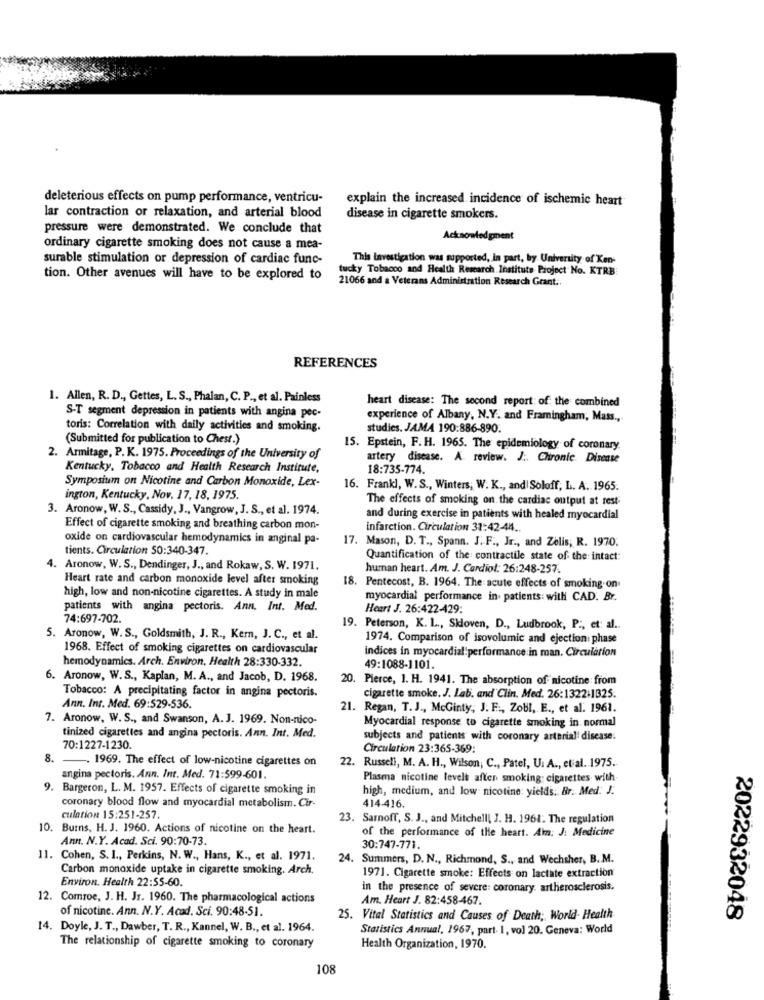
deleterious effects on pump performance, ventricu-
explain the increased incidence of ischemic heart
lar contraction or relaxation, and arterial blood
disease in cigarette smokers.
pressure were demonstrated. We conclude that
Acknowledgment
ordinary cigarette smoking does not cause a mea-
surable stimulation or depression of cardiac func-
This Investigation was supported, in part, by University of Ken-
tucky Tobacco and Health Research Institute Project No. KTRB
tion. Other avenues will have to be explored to
21066 and a Veterans Administration Research Grant ..
REFERENCES
1. Allen, R. D ., Gettes, L. S ., Phalan, C. P ., et al. Painless
heart disease: The second report of the combined
S-T segment depression in patients with angina pec-
experience of Albany, N.Y. and Framingham, Mass .,
toris: Correlation with daily activities and smoking.
studies. JAMA 190:886-890.
(Submitted for publication to Chest.)
15. Epstein, F. H. 1965. The epidemiology of coronary.
2. Armitage, P. K. 1975. Proceedings of the University of
artery disease. A. review. J .. Chronic Disease
Kentucky, Tobacco and Health Research Institute,
18:735-774.
Symposium on Nicotine and Carbon Monoxide, Lex-
16. Frankl, W.S ., Winters, W. K ., and| Soloff; L. A. 1965.
ington, Kentucky, Nov. 17, 18, 1975.
The effects of smoking on the cardiac output at rest
3. Aronow, W.S ., Cassidy, J ., Vangrow, J. S ., et al. 1974.
and during exercise in patients with healed myocardial
Effect of cigarette smoking and breathing carbon mon-
infarction. Circulation 31:42-44 ..
oxide on cardiovascular hemodynamics in anginal pa-
17. Mason, D. T ., Spann. J. F ., Jr ., and Zelis; R. 1970.
tients. Circulation 50:340-347.
Quantification of the contractile state of the intact:
Aronow, W. S ., Dendinger, J ., and Rokaw, S. W. 1971.
human heart. Am. J. Cardiol: 26:248-257.
Heart rate and carbon monoxide level after smoking
18. Pentecost, B. 1964. The acute effects of smoking.on
high, low and non-nicotine cigarettes. A study in male
myocardial performance in patients: with CAD. Br.
patients with angina pectoris. Ann. Int. Med.
Heart J. 26:422-429:
74:697-702.
19. Peterson, K. L ., Skoven, D ., Ludbrook, P :, et: al.
5. Aronow, W. S ., Goldsmith, J. R ., Kern, J. C ., et al.
1974. Comparison of isovolumic and ejection: phase
1968. Effect of smoking cigarettes on cardiovascular
indices in myocardial performance in man. Circulation
hemodynamics. Arch. Environ, Health 28:330-332.
49:1088-1101.
6. Aronow, W.S ., Kaplan, M. A ., and Jacob, D. 1968.
20. Pierce, 1. H. 1941. The absorption of nicotine from
Tobacco: A precipitating factor in angina pectoris.
cigarette smoke. J. Lab. and'Clin. Med. 26:1322+1325.
Ann, Int. Med. 69:529-536.
21. Regan, T.J ., McGinty, J. F ., Zobl, E ., et al. 1961.
7. Aronow, W. S ., and Swanson, A.J. 1969. Non-nico-
Myocardial response to cigarette smoking in normal
tinized cigarettes and angina pectoris. Ann. Int. Med.
subjects and patients with coronary arterial disease.
70:1227-1230.
Circulation 23:365-369:
8. -. 1969. The effect of low-nicotine cigarettes on
22. Russell, M. A. H ., Wilson, C ., Patel, U. A ., et al. 1975.
angina pectoris. Ann. Int. Med. 71:599-601.
Plasma nicotine levels aften smoking: cigarettes with
9. Bargeron, L. M. 1957. Effects of cigarette smoking in
high, medium, and low nicotine: yields. Br. Med: J.
coronary blood flow and myocardial metabolism. Cir-
414-416.
culation 15:251-257.
23. Sarnoff, S. J ., and Mitchell, J. H. 1961. The regulation
10. Burns, H. J. 1960. Actions of nicotine on the heart.
of the performance of the heart. Am: J: Medicine
Ann. N.Y. Acad. Sci. 90:70-73.
30:747-771.
11. Cohen, S. I ., Perkins, N. W ., Hans, K ., et al. 1971.
24. Summers, D. N ., Richmond, S ., and Wechsher, B.M.
Carbon monoxide uptake in cigarette smoking. Arch.
Environ. Health 22:55-60.
1971. Cigarette smoke: Effects on lactate extraction
in the presence of severe: coronary. artherosclerosis.
12. Comroe, J. H. JT. 1960. The pharmacological actions
Am. Heart J. 82:458-467.
of nicotine. Ann. N.Y. Acad. Sci. 90:48-51.
25. Vital Statistics and Causes of Death; World Health
2022932048
14. Doyle, J. T ., Dawber, T. R ., Kannel, W. B ., et al. 1964.
Statistics Annual, 1967, part 1, vol 20. Geneva: World
The relationship of cigarette smoking to coronary
Health Organization, 1970.
108